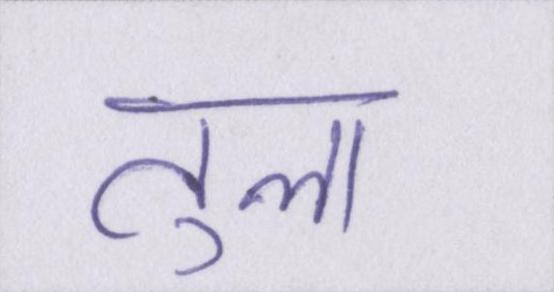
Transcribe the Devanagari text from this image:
तुला